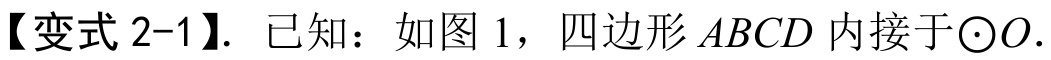
【变式 2-1】. 已知：如图 1，四边形\(ABCD\)内接于\(\odot O\).